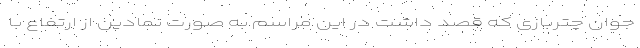
جوان چتربازی که قصد داشت در این مراسم به صورت نمادین از ارتفاع با